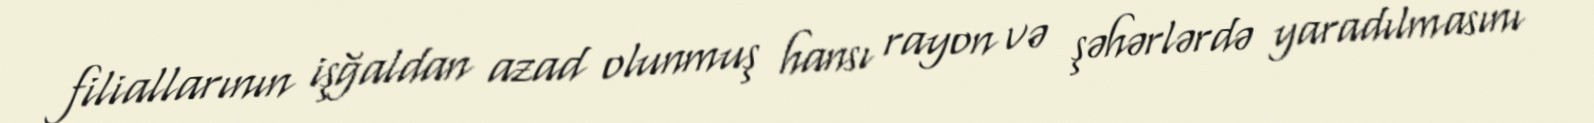
filiallarının işğaldan azad olunmuş hansı rayon və şəhərlərdə yaradılmasını